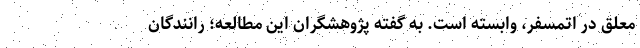
معلق در اتمسفر، وابسته است. به گفته پژوهشگران این مطالعه؛ رانندگان